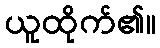
ယူထိုက်၏။